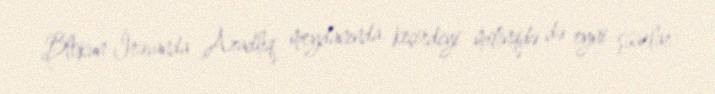
Blokun İrəvanda Azadlıq meydanında keçirdiyi mitinqdə də eyni şüarlar